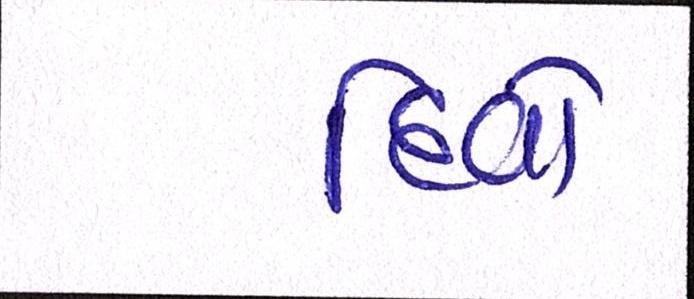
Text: દિવો